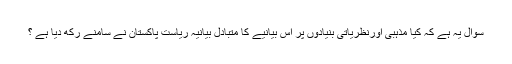
سوال یہ ہے کہ کیا مذہبی اورنظریاتی بنیادوں پر اس بیانیے کا متبادل بیانیہ ریاست پاکستان نے سامنے رکھ دیا ہے ؟